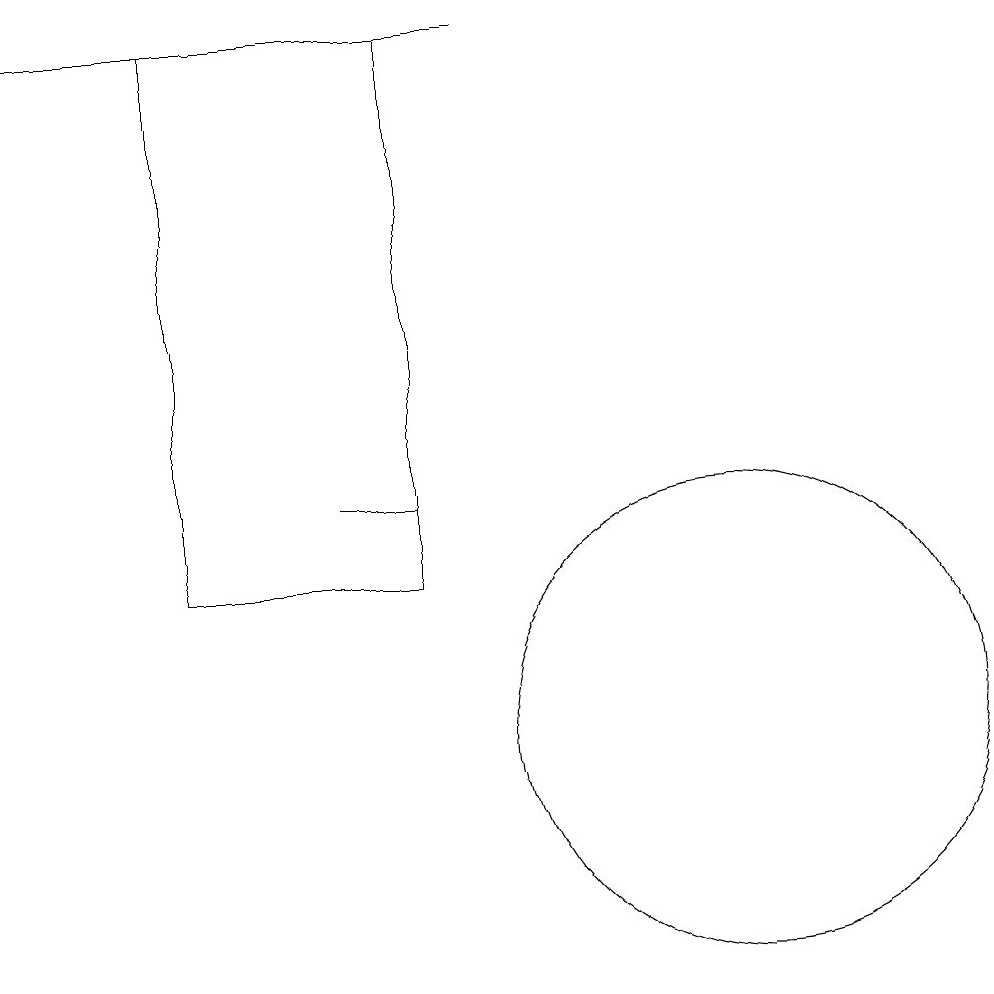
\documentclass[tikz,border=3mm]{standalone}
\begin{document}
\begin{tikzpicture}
\draw (6,13) rectangle (7,13);
\draw (4,12) rectangle (7,19);
\draw (2,19) rectangle (8,19);
\draw (11,10) circle (3);
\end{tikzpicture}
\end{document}